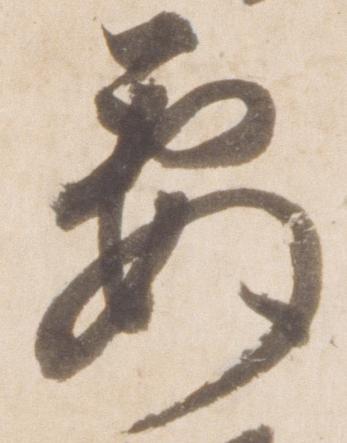
要